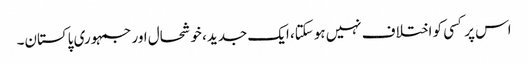
اس پر کسی کو اختلاف نہیں ہوسکتا، ایک جدید، خوشحال اور جمہوری پاکستان۔